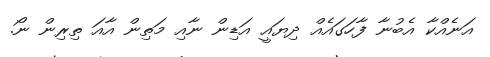
އަނެއްކާ އެބުނާ ފާހަގައެއް ދިޔައީ އަޑިން ނާއި މަތިން އާއަ ތިރިން ނޯ.